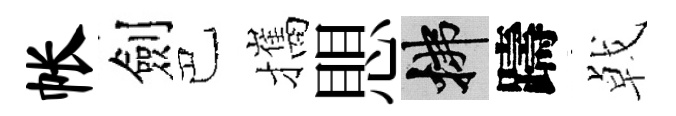
帐劍巴攜愳拂躊㦸